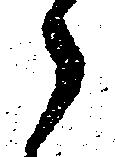
々